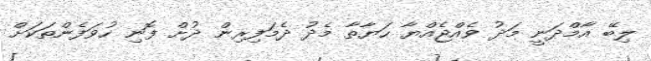
ލިބޭ އާމްދަނީ މަދު ވެއްޖެއްޔާ ހަޔާތާ މެދު ދެމަފިރިން ދުށް ފޮނި ހުވަފެންތަކަށް